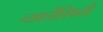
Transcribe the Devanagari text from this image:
व्यक्तीविषयी